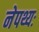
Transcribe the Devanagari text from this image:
नेपथ्यः